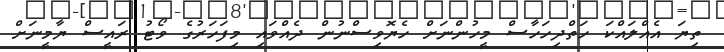
ތިޔަ އެއްލައްކަ ހަތްދިހަހާސް މީހުންނަށް ހެޔޮވިސްނުން ދެއްވައި މިފަހަރުގެ ވޯޓު ރައީސް ޔާމީނަށް